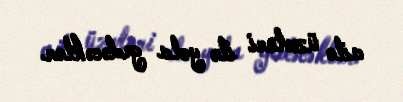
ailə üzvləri ilə yola gedəcəklər.